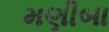
મણીબા